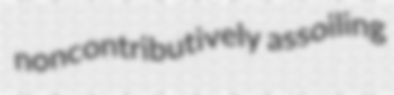
noncontributively assoiling